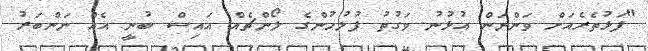
"ފަޅުތެރެއަށް ވަންނަން އުޅުނު ވަގުތު ފުލުހުންގެ ލޯންޗެއް އައިސް ބުނީ އެއް ނަންބަރު